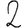
Digit: 2